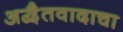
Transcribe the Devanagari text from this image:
अद्वैतवादाचा